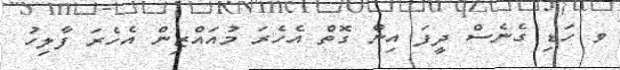
ވ ހަޑި ގެނެސް ދީފަ އިން ގޮތް އެހެރަ މުއައްޒިން އެހެރަ ފާލިހު